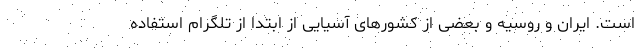
است. ایران و روسیه و بعضی از کشورهای آسیایی از ابتدا از تلگرام استفاده